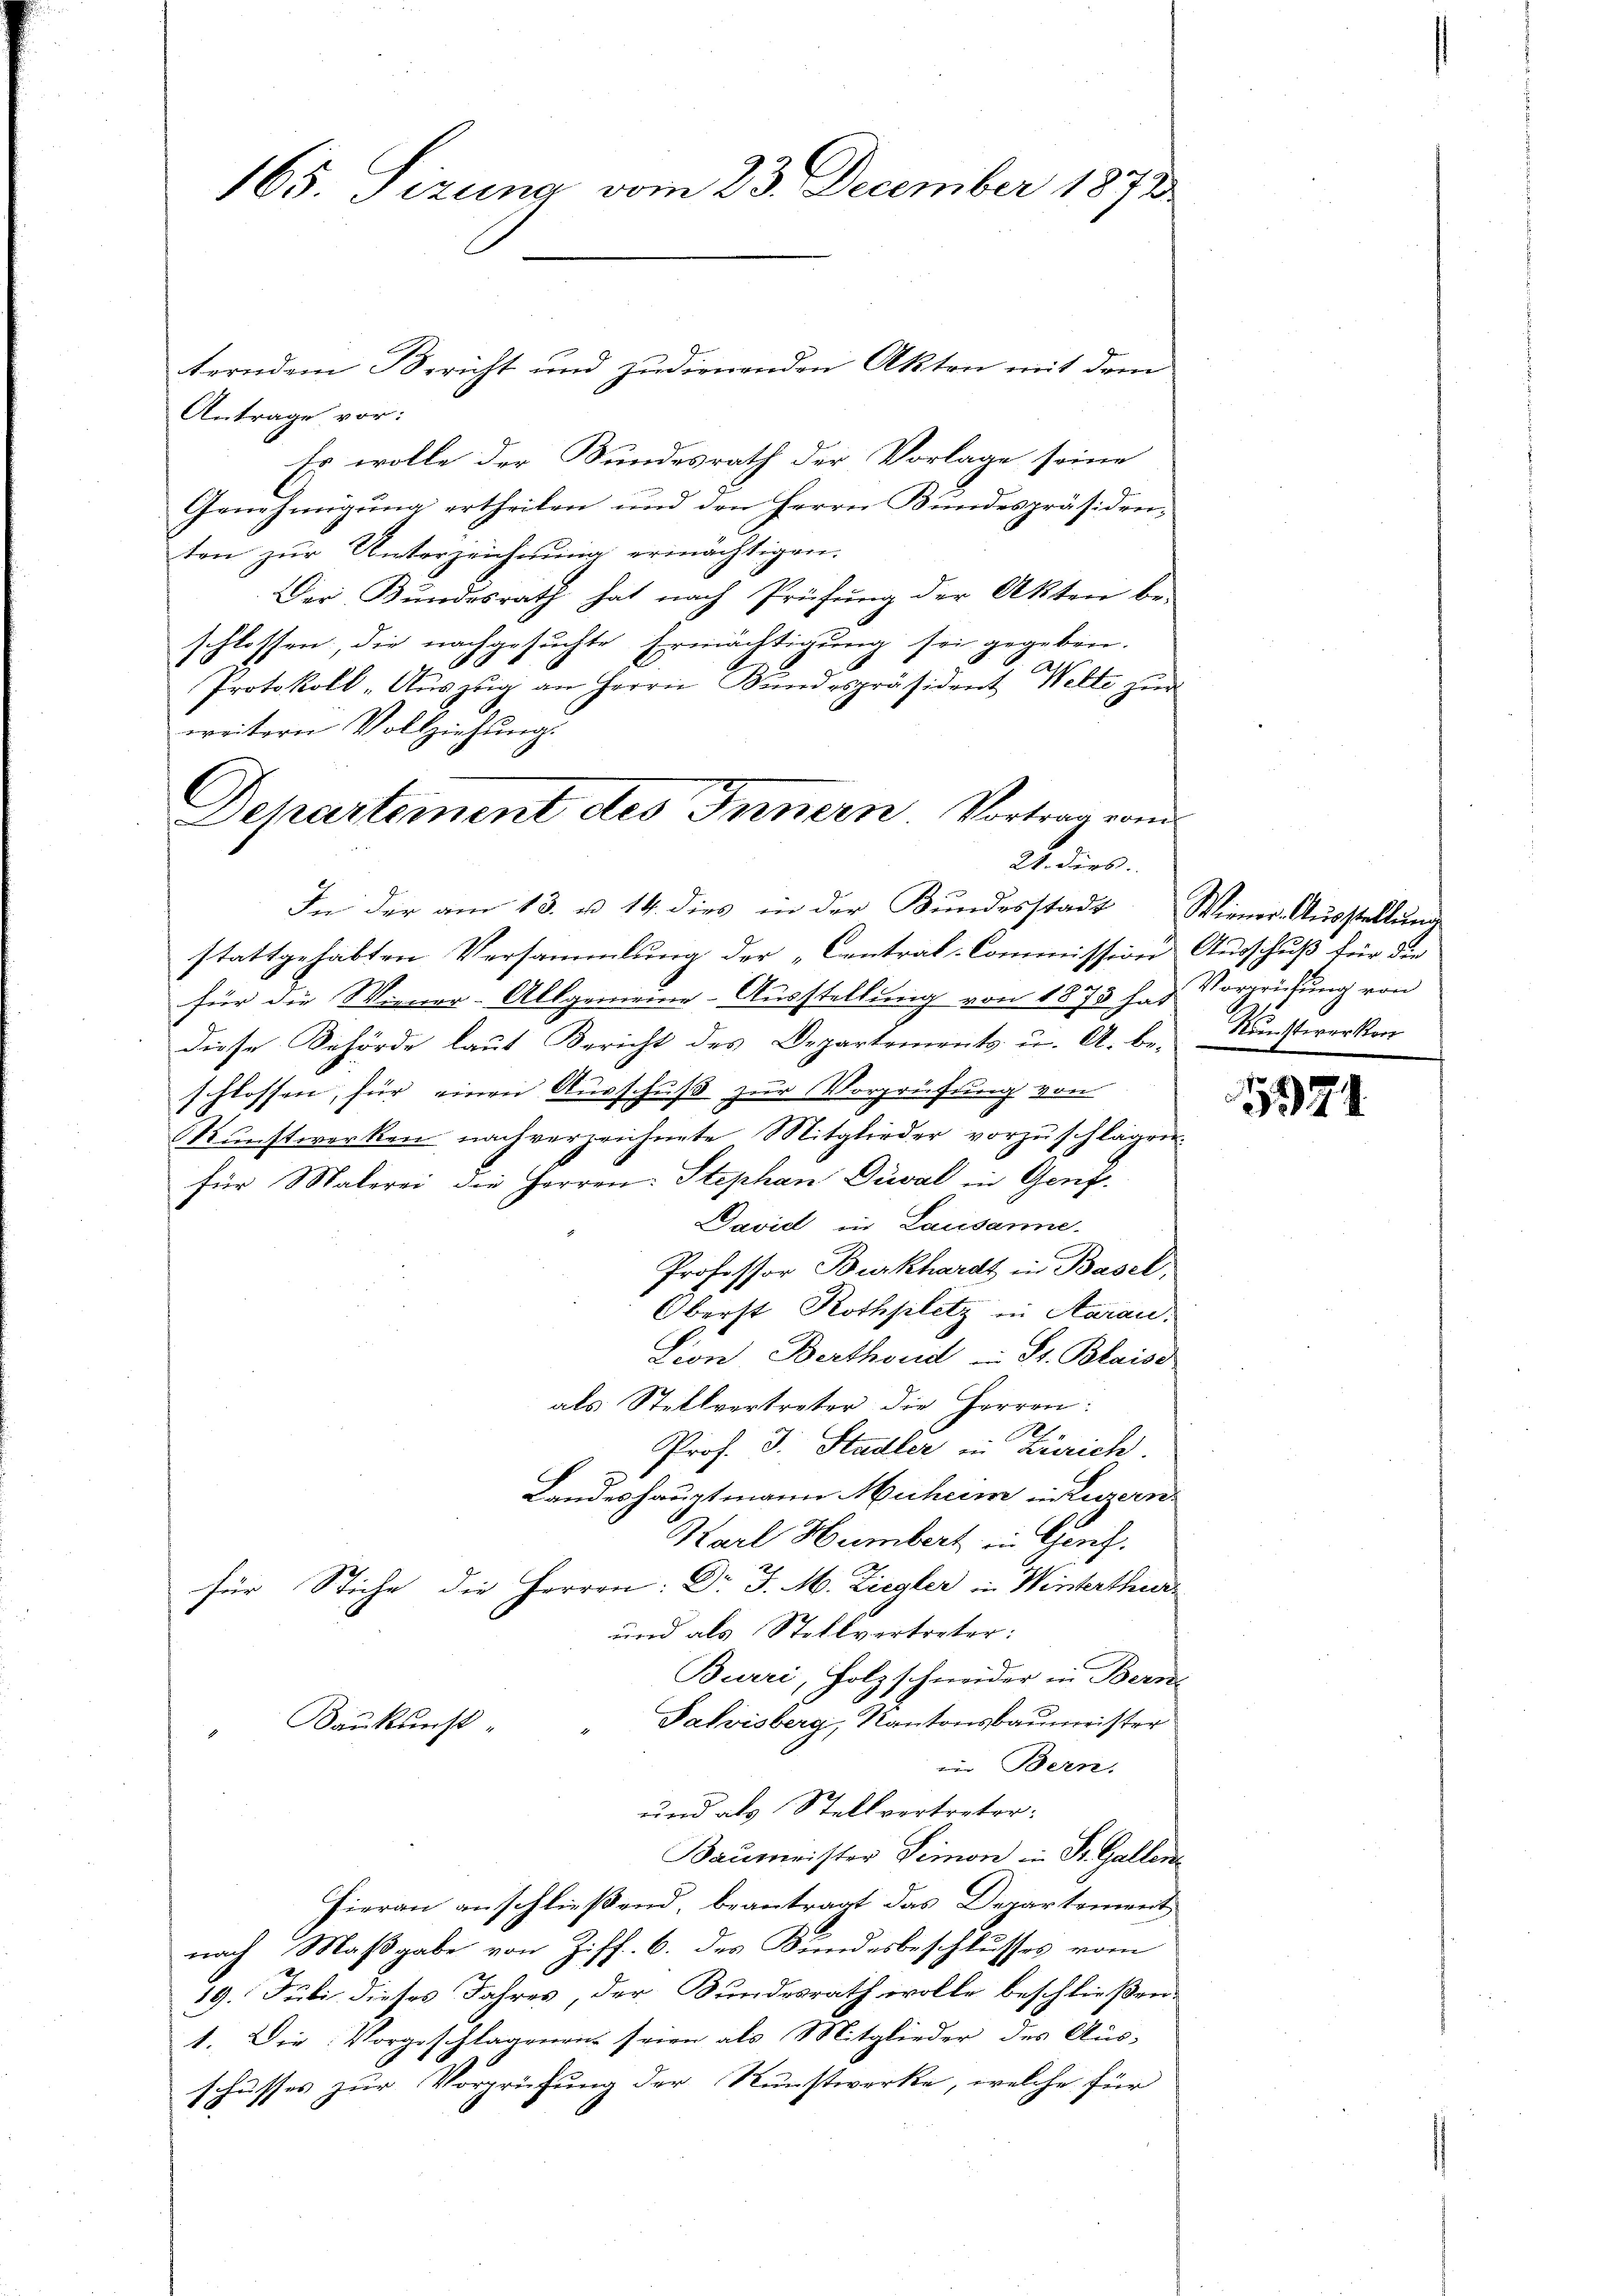
165. Sizung vom 23. December 1873

l

Antrage vor:
Es wolle der Bundesrath der Vorlage seine
Genehmigung ertheilen und den Herrn Bundespräsiden,
ten zur Unterzeichnung ermächtigen.
Der Bŭndesrath hat nach Prüfŭng der Akten be-
schlossen, die nachgesuchte Ermächtigung sei gegeben.
4.
Protokoll-Aŭszŭg an Herrn Bŭndespräsident Wette zur
weitern Vollziehung.
stattgehabten Versammlung der „Central-Commission Ausschuß für die
u
für die Wiener-Allgemeine Ausstellung von 1875 f. 3 Vorprüfŭng von
diese Behörde laut Bericht des Departements u. A. be- Kunstwerken
schlossen, für einen Ausschuß zur Vorprüfung von
Kŭnstwerken nach verzeichnete Mitglieder vorzŭschlägen.
für Malerei die Herren: Stephan Dival in Genf.
Davidl in Lausanne.
Professor Burkhardt in Basel,
Oberst Rothplitz in Aarau
Lion Berthoud u. St. Blaiss
als Stellvertreter die Herren:
e
Prof. J. Stadler in Zürich.
Landeshauptmann Muherr in Zuvern
Karl Humbert in Genf.
für Stiche die Herren: Dr J. M. Ziegler in Winterthur
und als Stellvertreter:
Burri, Holzschneider in Bern
Palvisberg, Kantonsbaumeister
Baukunst-
.
in Bern.
und als Stellvertreter:
Baumeister Demon in St. Gallen
Hieran anschließend, beantragt das Departement
nach Maßgabe von Ziff. 6. des Bundesbeschlusses vom
19. Juli dieses Jahres, der Bundesrath wolle beschließen:
1. Die Vorgeschlagenen seien als Mitglieder des Aus-
schusses zur Vorprüfung der Kunstwerke, welche für

terndem Bericht und zudienenden Akten mit dem

Departement des Innern Vortrag vom
Wedies
In der am 13. u. 14. dies in der Bŭndesstadt Wiener-Aŭsstellŭng

1837.